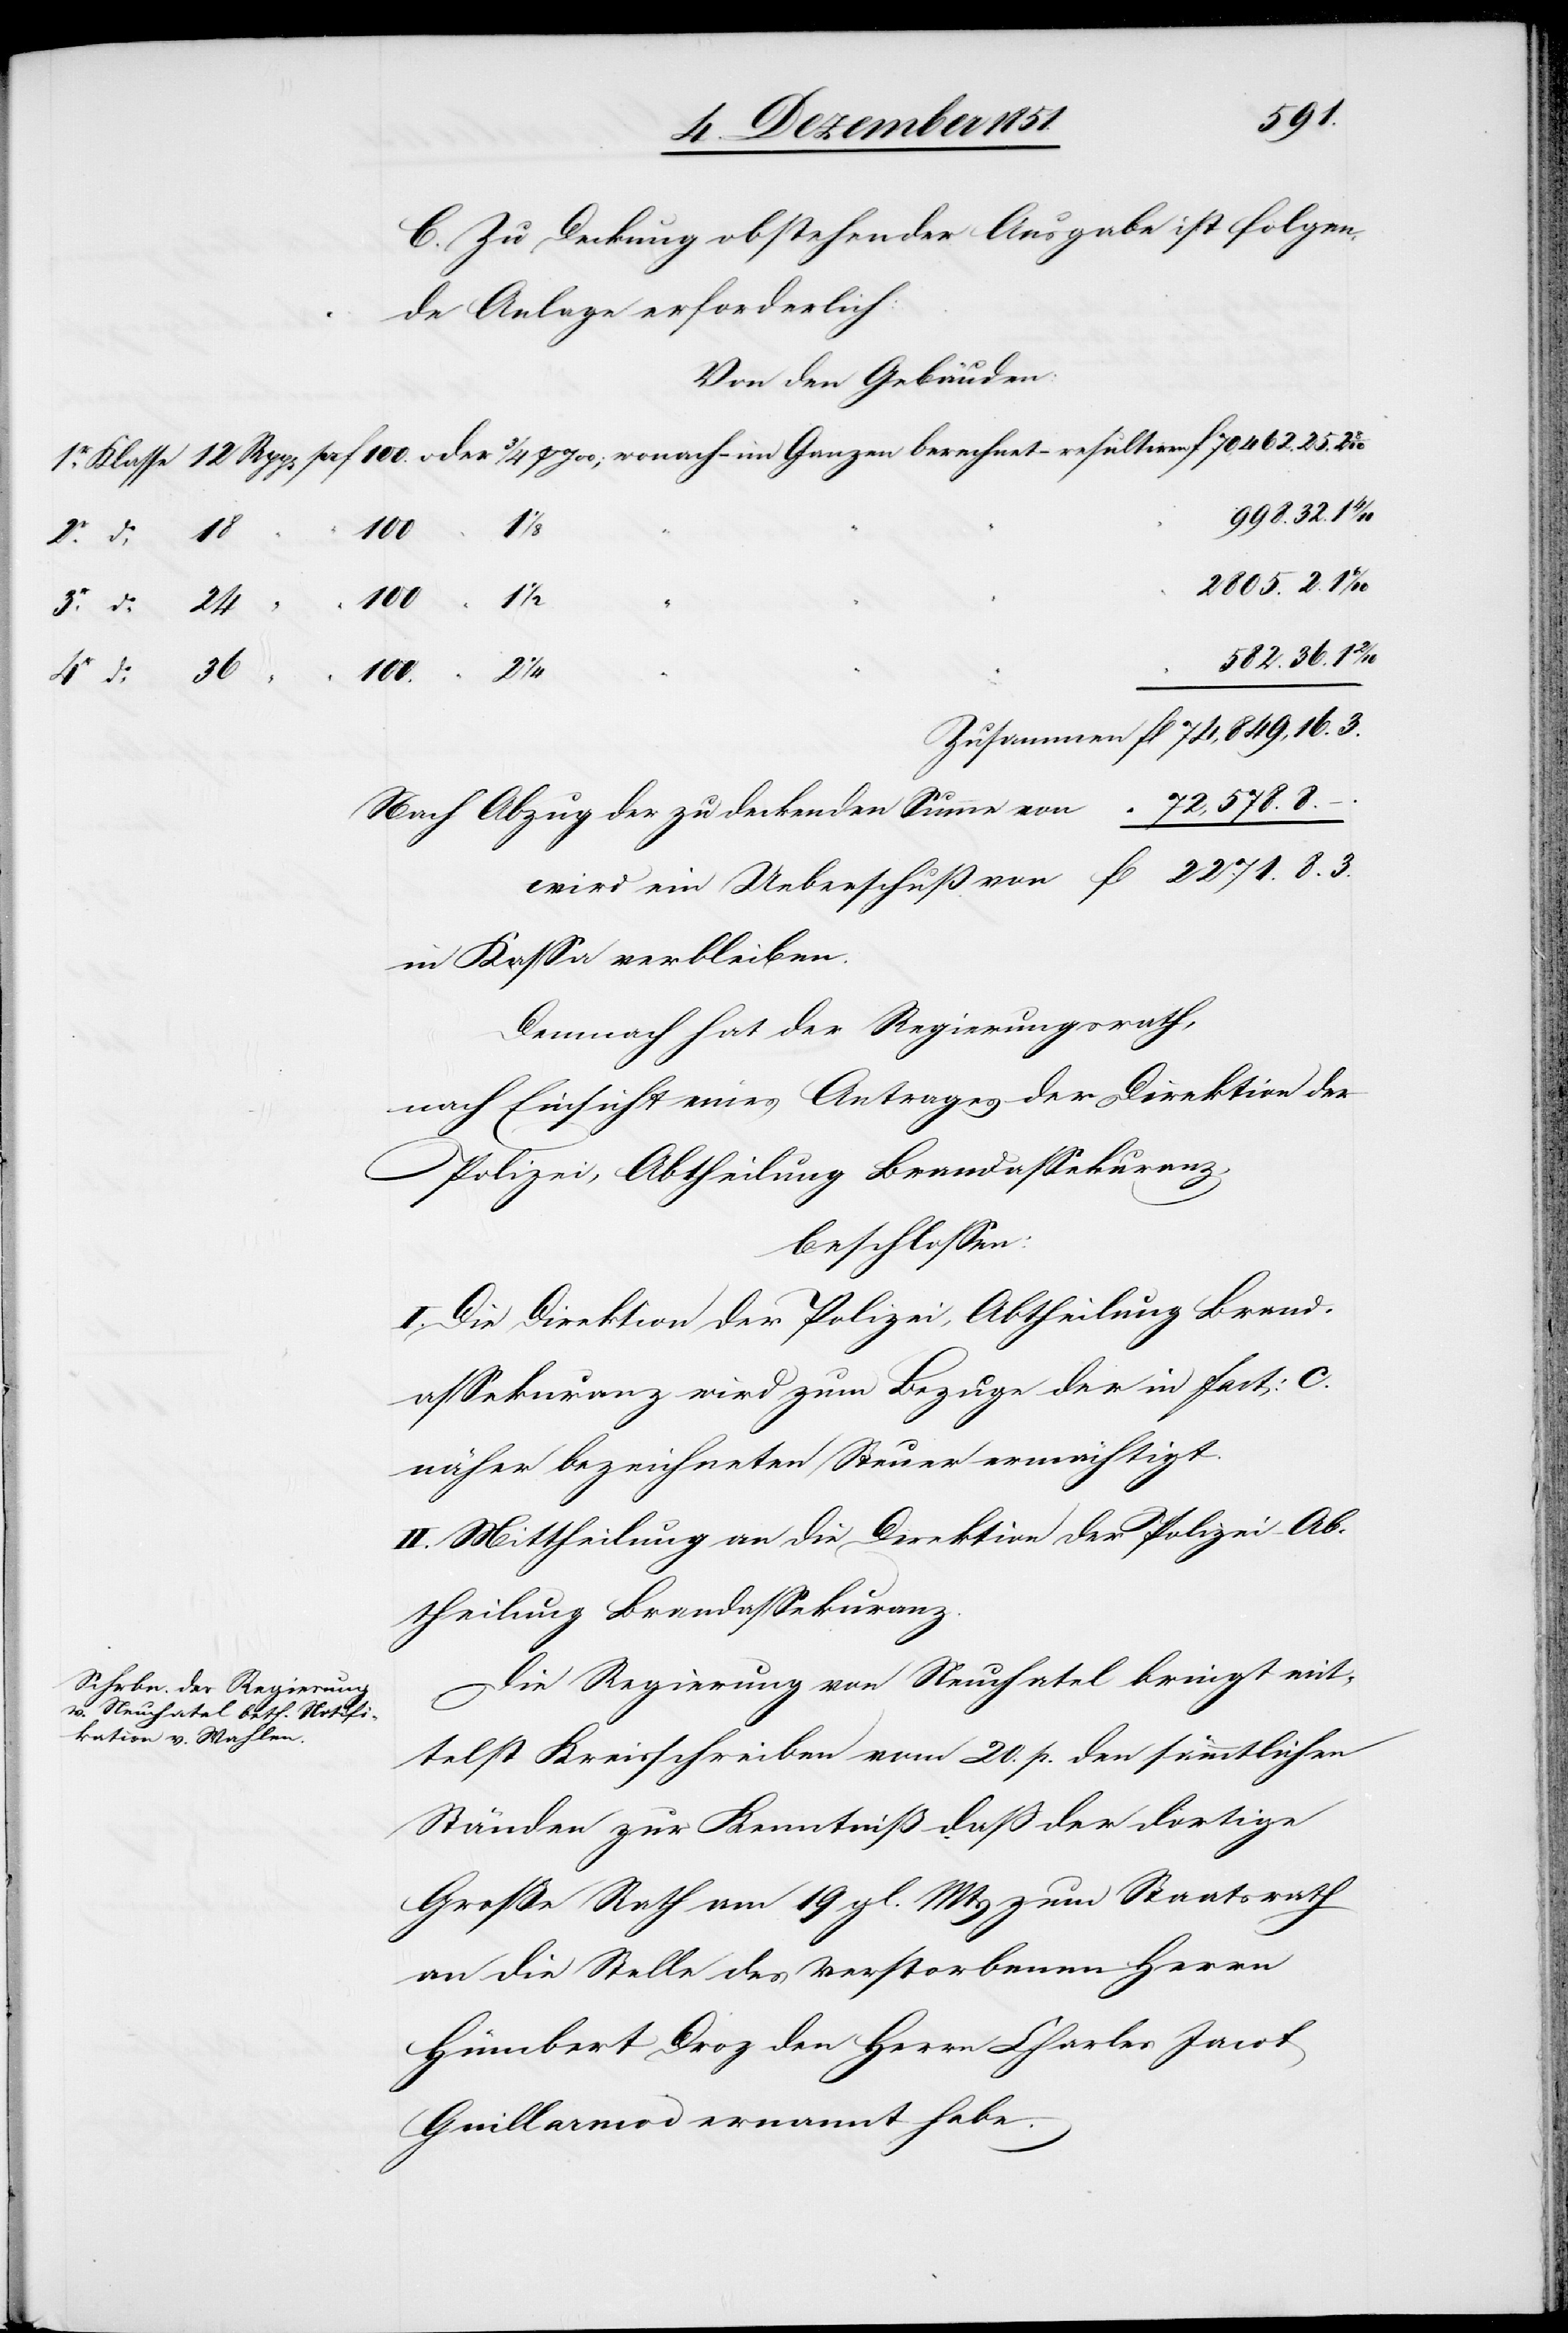
36.
C. Zu Deckung obstehender Ausgabe ist folgen¬
de Anlage erforderlich:
Von den Gebäuden.
72,578.
Nach Abzug der zu deckenden Summe von
wird ein Ueberschuß von
in Kassa verbleiben.
Demnach hat der Regierungsrath,
nach Einsicht eines Antrages der Direktion der
Polizei, Abtheilung Brandassekuranz,
beschlossen:
I. Die Direktion der Polizei, Abtheilung Brand¬
assekuranz wird zum Bezuge der in fact: C.
näher bezeichneten Steuer ermächtigt.
II. Mittheilung an die Direktion der Polizei – Ab¬
theilung Brandassekuranz.
Die Regierung von Neuchatel bringt mit¬
telst Kreisschreiben vom 20. p. den sämmtlichen
Ständen zur Kenntniß daß der dortige
Große Rath am 19 gl. Mts zum Staatsrath
an die Stelle des verstorbenen Herrn
Hümbert Droz den Herrn Charles Jacot
Guillarmod ernannt habe.